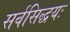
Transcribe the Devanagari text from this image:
सर्वसिद्धयः